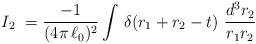
LaTeX: \begin{align*}I_{2}\ =\frac{-1}{(4\pi\,{\ell_{0}})^2}\int\,\delta\!\left(r_{1}+r_{2}-t\right)\,\frac{d^{3}r_{2}}{r_{1}r_{2}}\end{align*}